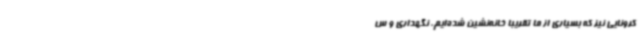
کرونایی نیز که بسیاری از ما تقریبا خانه‌نشین شده‌ایم، نگهداری و س